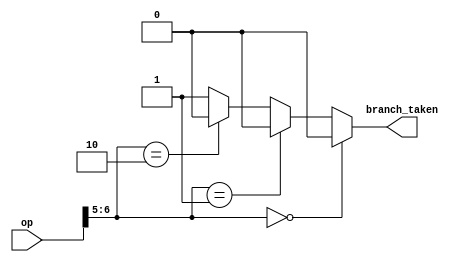
`timescale 1ns / 1ps
//////////////////////////////////////////////////////////////////////////////////
// Company: 
// Engineer: 
// 
// Design Name: 
// Module Name: Branch_predictor
// Project Name: 
// Target Devices: 
// Tool Versions: 
// Description: 
// 
// Dependencies: 
// 
// Revision:
// Revision 0.01 - File Created
// Additional Comments:
// 
//////////////////////////////////////////////////////////////////////////////////


module Branch_predictor(op,branch_taken);

input [6:0] op;
output branch_taken;

assign branch_taken = (op[6:5] == 2'b00) ? 1'b0 :
                      (op[6:5] == 2'b01) ? 1'b0 :
                      (op[6:5] == 2'b10) ? 1'b0 : 1'b1 ;
                      



endmodule